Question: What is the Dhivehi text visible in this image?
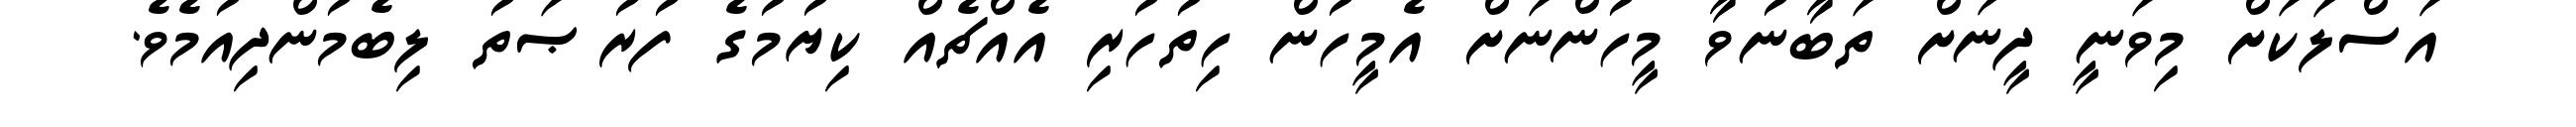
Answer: އަސްލަކަށް މިވަނީ ދީނަށް ތަބާނުވާ މީހުންނަށް އެމީހުން ހިތުހުރި އެއްޗެއް ކިޔުމުގެ ފުރުޞަތު ލިބެމުންދިއުމެވެ.